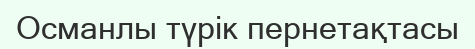
Османлы түрік пернетақтасы